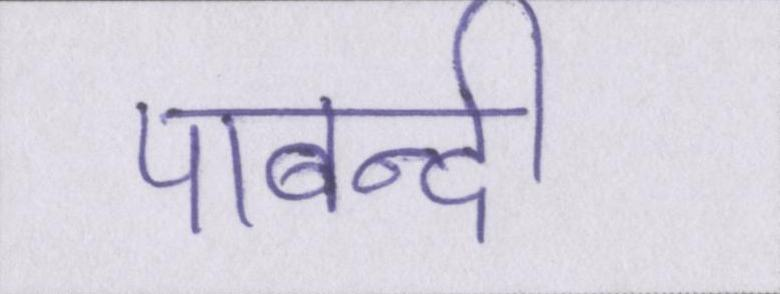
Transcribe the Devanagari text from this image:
पाबन्दी